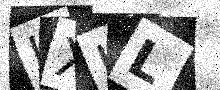
Text: LXLL